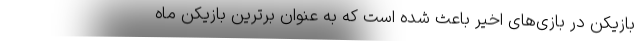
بازیکن در بازی‌های اخیر باعث شده است که به عنوان برترین بازیکن ماه